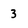
Character: 3